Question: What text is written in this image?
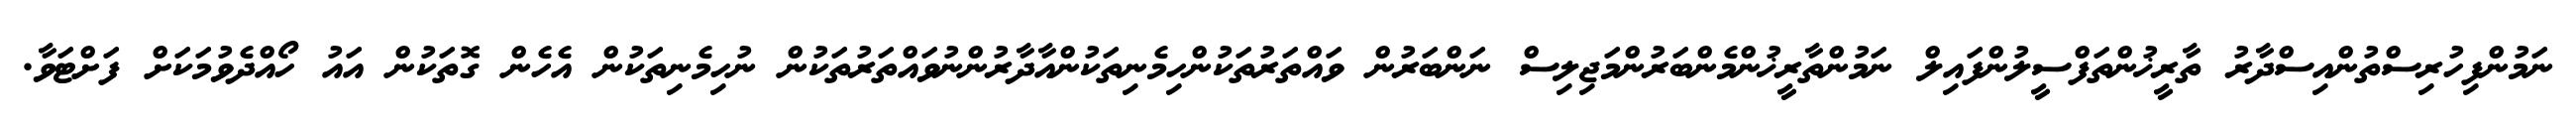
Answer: ނަމުންފިހުރިސްތުންއިސްދާރު ތާރީޚުންތަފްސީލުންފައިލް ނަމުންތާރީޚުންމެންބަރުންމަޖިލިސް ނަންބަރުން ވައްތަރުތަކުންހިމެނިތަކުންއާދާރުންނުވައްތަރުތަކުން ނުހިމެނިތަކުން އެހެން ގޮތަކުން އައު ހޯއްދެވުމަކަށް ފަށްޓަވާ.